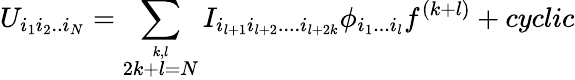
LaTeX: U_{i_{1}i_{2}..i_{N}}=\sum_{\stackrel{k,l}{2k+l=N}}I_{i_{l+1}i_{l+2}....i_{l+2k}}\phi_{i_{1}...i_{l}}f^{(k+l)}+cyclic